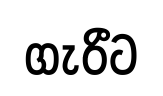
ගැරීට